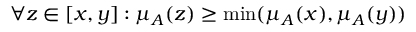
\forall z \in [ x , y ] : \mu _ { A } ( z ) \geq \operatorname* { m i n } ( \mu _ { A } ( x ) , \mu _ { A } ( y ) )